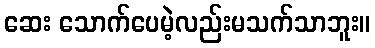
ဆေး သောက်ပေမဲ့လည်းမသက်သာဘူး။